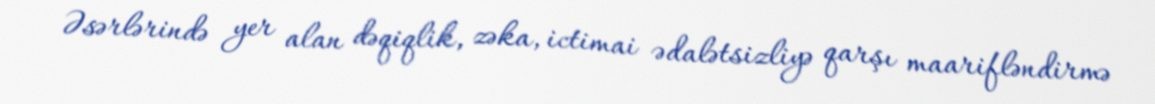
Əsərlərində yer alan dəqiqlik, zəka, ictimai ədalətsizliyə qarşı maarifləndirmə